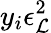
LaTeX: y_{i}\epsilon_{\cal L}^{2}